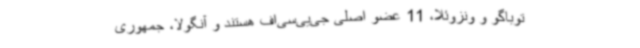
توباگو و ونزوئلا، 11 عضو اصلی جی‌یی‌سی‌اف هستند و آنگولا، جمهوری